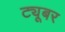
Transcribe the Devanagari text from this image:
ट्यूबर